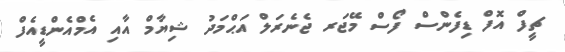
ޗީފް އޮފް ޑިފެންސް ފޯސް މޭޖަރ ޖެނެރަލް އަޙްމަދު ޝިޔާމް އާއި އެމްއެންޑީއެފް